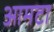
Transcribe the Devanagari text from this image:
आमटा